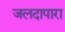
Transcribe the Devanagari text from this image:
जलदापारा